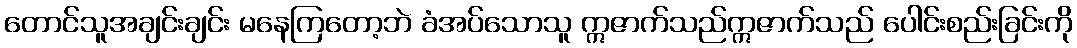
တောင်သူအချင်းချင်း မနေကြတော့ဘဲ ခံအပ်သောသူ ဣဇာက်သည်ဣဇာက်သည် ပေါင်းစည်းခြင်းကို